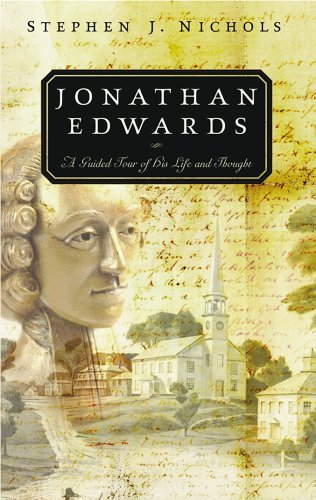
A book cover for Jonathan Edwards: A Guided Tour of His Life and Thought; Stephen J. Nichols; Christian Books & Bibles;